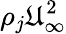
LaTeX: \rho_{j}\mathfrak{U}_{\infty}^{2}